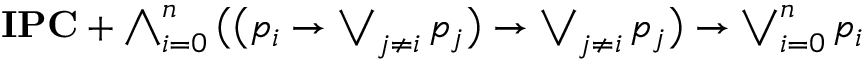
\textstyle \mathbf { I P C } + \bigwedge _ { i = 0 } ^ { n } { \bigl ( } { \bigl ( } p _ { i } \to \bigvee _ { j \neq i } p _ { j } { \bigr ) } \to \bigvee _ { j \neq i } p _ { j } { \bigr ) } \to \bigvee _ { i = 0 } ^ { n } p _ { i }